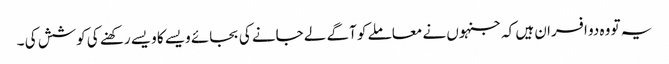
یہ تو وہ دو افسران ہیں کہ جنہوں نے معاملے کو آگے لے جانے کی بجائے ویسے کا ویسے رکھنے کی کوشش کی ۔